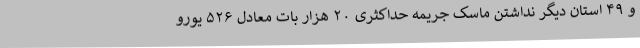
و ۴۹ استان دیگر نداشتن ماسک جریمه حداکثری ۲۰ هزار بات معادل ۵۲۶ یورو